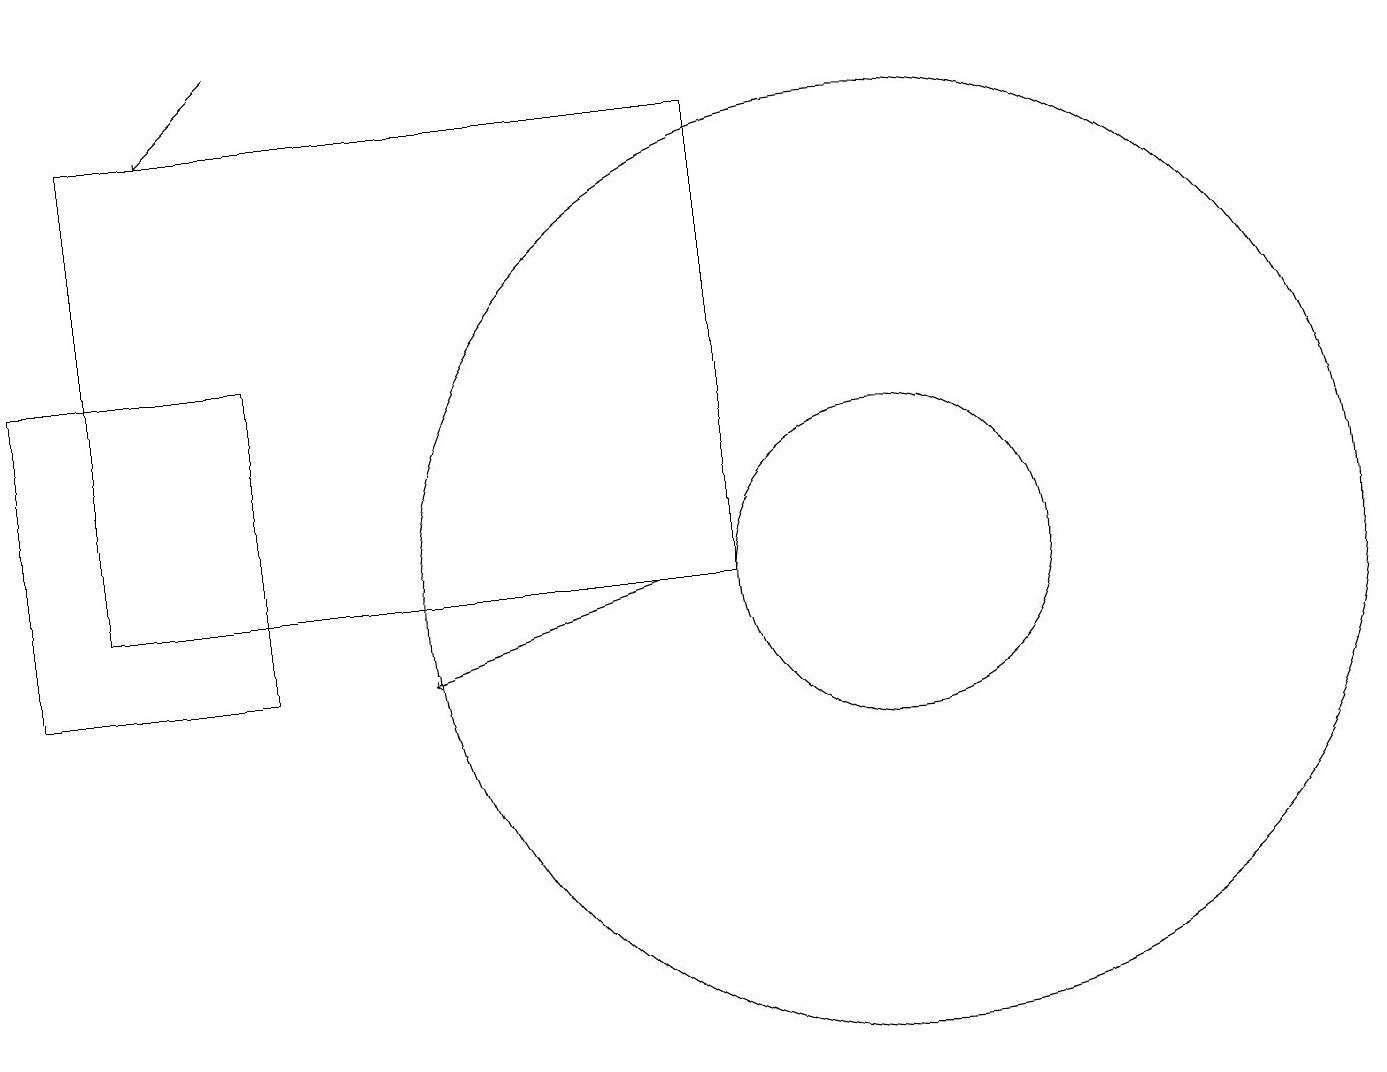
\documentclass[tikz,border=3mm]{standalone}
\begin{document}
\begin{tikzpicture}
\draw[->] (8,12) -- (5,11);
\draw (11,12) circle (6);
\draw (11,12) circle (2);
\draw (9,18) rectangle (1,12);
\draw (3,11) rectangle (0,15);
\draw[->] (3,19) -- (2,18);
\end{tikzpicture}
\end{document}